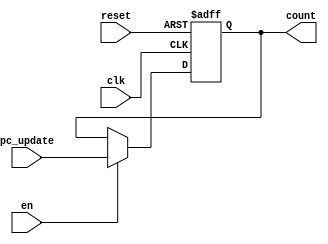
module program_counter(
input clk,
input reset,
input en,
input [31:0] pc_update,
output reg [31:0] count
);


//PC register
always@(posedge clk, negedge reset)
if (!reset) //active low reset
  count <= 0;
else if (en)
  count <= pc_update;


endmodule

////Test bench
//module tb_counter;
//// Variables Declaration
//reg clk;
//reg reset;
//wire [31:0] count;
//
//// DUT instantiation
//program_counter counter_inst(
//.clk(clk),
//.reset(reset),
//.count(count)
//);
////---------------------------------------------------
//
//// Clock Generation
//initial
//begin
//
//clk = 0;
//forever
//#5 clk= ~clk;
//
//end
//
////Main simulation
//initial
//begin
//
//reset = 1;
//repeat(5) @(posedge clk);
//  reset <= #1 0;
//@(posedge clk)
//  reset <= #1 1;
//
//repeat(5) @(posedge clk);
//  reset <= #1 0;
//
//@(posedge clk)
//  reset <= #1 1;
//
//repeat(5) @(posedge clk);
//
//$stop;
//end
//endmodule